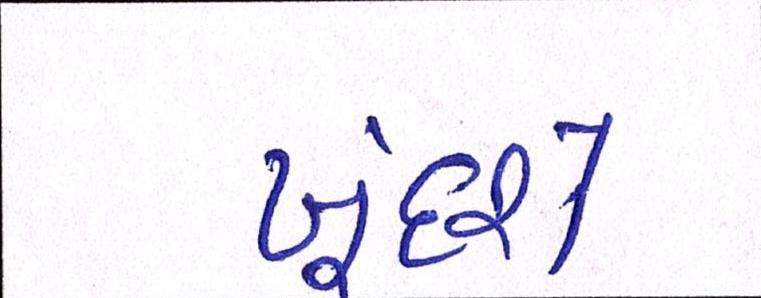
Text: ખૂંદશે